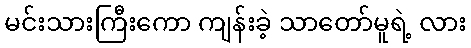
မင်းသားကြီးကော ကျန်းခဲ့ သာတော်မူရဲ့ လား